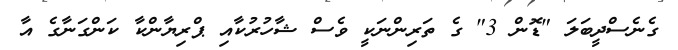
ގެނެސްދީބަލަ "ޑޮން 3" ގެ ތަރިންނަކީ ވެސް ޝާހުރުކާއި ޕްރިޔާންކާ ކަންގަނާގެ އާ